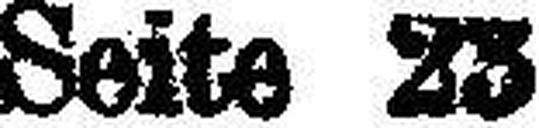
Seite 23